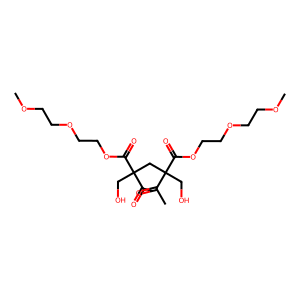
SMILES: COCCOCCOC(=O)C(CO)(CC(CO)(C(C)=O)C(=O)OCCOCCOC)C(C)=O
Inhibits HIV replication: No